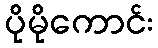
ပိုမိုကောင်း